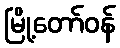
မြို့တော်ဝန်